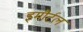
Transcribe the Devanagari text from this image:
इमौर्टल